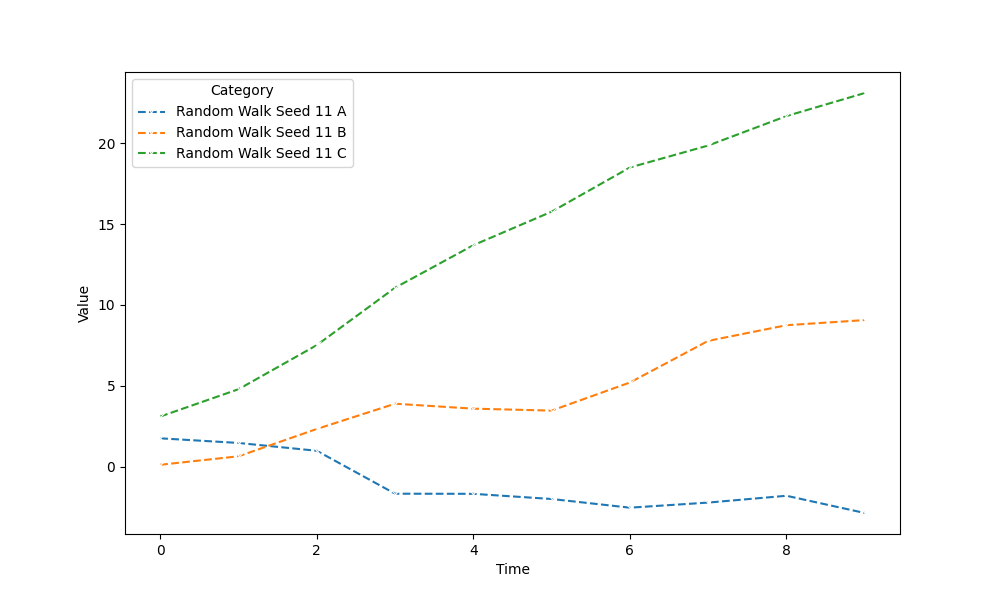
python, seaborn, lineplot, style='dashed', marker='x'